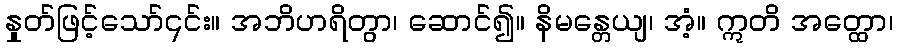
နှုတ်ဖြင့်သော်၎င်း။ အဘိဟရိတွာ၊ ဆောင်၍။ နိမန္တေယျ၊ အံ့။ ဣတိ အတ္ထော၊